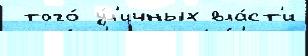
 того́ у́л'ичных вла́ст'и